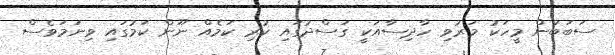
ސަބަބުން މީހަކު މަރުވި ހާދިސާއަކީ ގަސްދުގައި ކުރި ކަމެއް ނޫން ކަމުގައި ވިނަމަވެސް